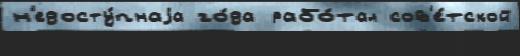
н'едосту́пнаjа го́да рабо́тал сов'е́тской